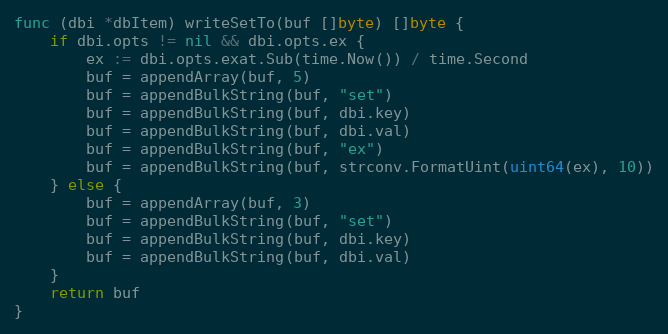
Language: Go
func (dbi *dbItem) writeSetTo(buf []byte) []byte {
	if dbi.opts != nil && dbi.opts.ex {
		ex := dbi.opts.exat.Sub(time.Now()) / time.Second
		buf = appendArray(buf, 5)
		buf = appendBulkString(buf, "set")
		buf = appendBulkString(buf, dbi.key)
		buf = appendBulkString(buf, dbi.val)
		buf = appendBulkString(buf, "ex")
		buf = appendBulkString(buf, strconv.FormatUint(uint64(ex), 10))
	} else {
		buf = appendArray(buf, 3)
		buf = appendBulkString(buf, "set")
		buf = appendBulkString(buf, dbi.key)
		buf = appendBulkString(buf, dbi.val)
	}
	return buf
}